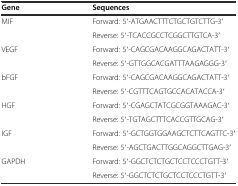
| Gene | Sequences |
 | --- | --- |
 | MIF | Forward: 5′-ATGAACTTTCTGCTGTCTTG-3′ |
 |  | Reverse: 5′-TCACCGCCTCGGCTTGTCA-3′ |
 | VEGF | Forward: 5′-CAGCGACAAGGCAGACTATT-3′ |
 |  | Reverse: 5′-GTTGGCACGATTTAAGAGGG-3′ |
 | bFGF | Forward: 5′-CAGCGACAAGGCAGACTATT-3′ |
 |  | Reverse: 5′-CGTTTCAGTGCCACATACCA-3′ |
 | HGF | Forward: 5′-CGAGCTATCGCGGTAAAGAC-3′ |
 |  | Reverse: 5′-TGTAGCTTTCACCGTTGCAG-3′ |
 | IGF | Forward: 5′-GCTGGTGGAAGCTCTTCAGTTC-3′ |
 |  | Reverse: 5′-AGCTGACTTGGCAGGCTTGAG-3′ |
 | GAPDH | Forward: 5′-GGCTCTCTGCTCCTCCCTGTT-3′ |
 |  | Reverse: 5′-GGCTCTCTGCTCCTCCCTGTT-3′ |